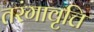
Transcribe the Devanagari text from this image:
तरंगावृत्ति